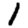
Digit: 1